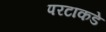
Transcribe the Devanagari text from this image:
परटाकडे